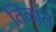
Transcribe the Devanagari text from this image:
तिळात